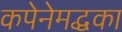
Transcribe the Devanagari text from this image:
कपेनेमद्धका